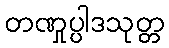
တဏှုပ္ပါဒသုတ္တ